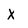
Character: X